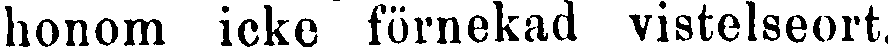
honom icke förnekad vistelseort.